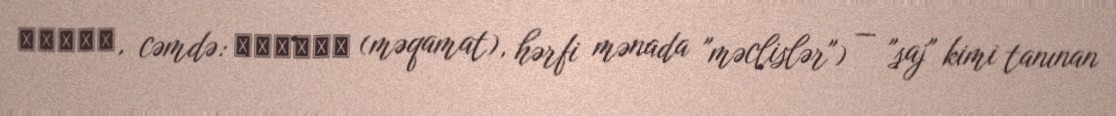
مقامة, cəmdə: مقامات (məqamat), hərfi mənada "məclislər") — "saj" kimi tanınan